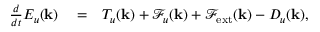
\begin{array} { r l r } { \frac { d } { d t } E _ { u } ( \mathbf { k } ) } & { { } = } & { T _ { u } ( { \bf k } ) + \mathcal { F } _ { u } ( { \bf k } ) + \mathcal { F } _ { \mathrm { e x t } } ( { \bf k } ) - D _ { u } ( \mathbf { k } ) , } \end{array}